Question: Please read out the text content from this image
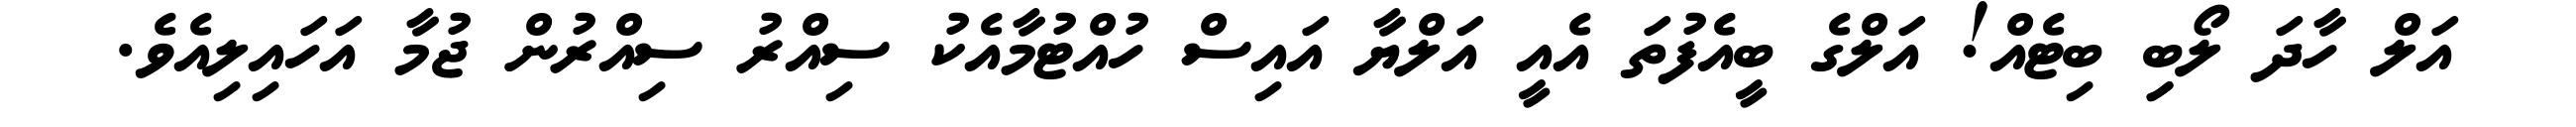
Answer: އަލް ހާދަ ލޯބިި ބިޓެއް! އަލްގެ ބީއެފުތަ އެއީ އަލްޔާ އައިސް ހުއްޓުމާއެކު ސިއްރު ސިއްރުން ޖުމާ އަހައިލިއެވެ.